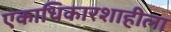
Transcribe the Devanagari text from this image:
एकाधिकारशाहीला